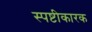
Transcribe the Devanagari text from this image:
स्पष्टीकारक